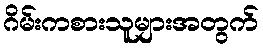
ဂိမ်းကစားသူများအတွက်